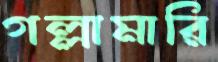
গল্লামারি